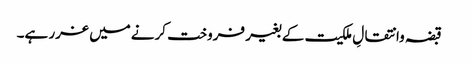
 قبضہ وانتقالِ ملکیت کے بغیر فروخت کرنےمیں غرر ہے۔